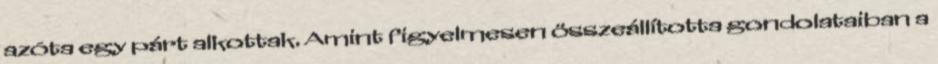
azóta egy párt alkottak. Amint figyelmesen összeállította gondolataiban a